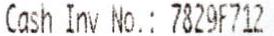
CASH INV NO.: 7829F712